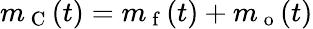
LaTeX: m_{\mathrm{~C~}}(t)=m_{\mathrm{~f~}}(t)+m_{\mathrm{~o~}}(t)